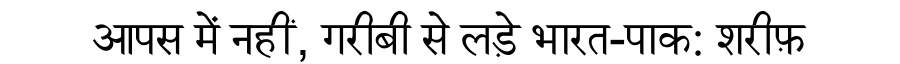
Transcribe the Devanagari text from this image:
आपस में नहीं, गरीबी से लड़े भारत-पाक: शरीफ़